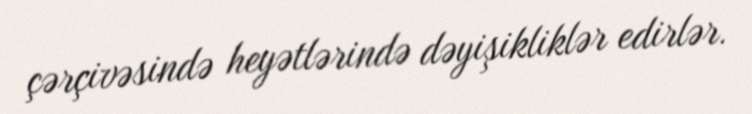
çərçivəsində heyətlərində dəyişikliklər edirlər.